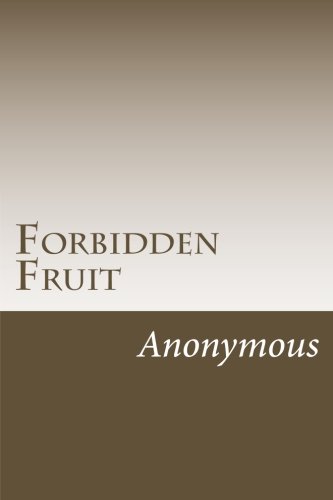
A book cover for Forbidden Fruit: A Classic Victorian Erotic Novel (Victorian Erotica Series); Anonymous; Romance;